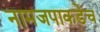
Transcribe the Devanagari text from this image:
नामजपाकडेच